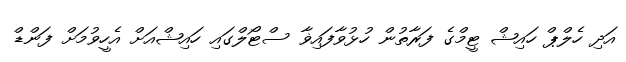
އަދި ހެލްޕް ހައިޝް ޓީމްގެ ފަރާތުން ހުޅުވާފައިޥާ ސްޓޯލްގައި ހައިޝްއަށް އެހީވުމަށް ފަންޑް